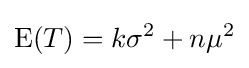
\operatorname {E} (T)=k\sigma ^{2}+n\mu ^{2}